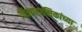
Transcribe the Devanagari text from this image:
चित्रपटरसिकांच्या